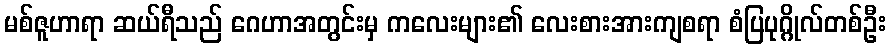
မစ်ဇူဟာရာ ဆယ်ရီသည် ဂေဟာအတွင်းမှ ကလေးများ၏ လေးစားအားကျစရာ စံပြပုဂ္ဂိုလ်တစ်ဦး